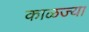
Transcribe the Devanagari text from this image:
काळज्या